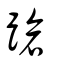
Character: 蹌